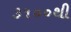
૩૧૦૦થી